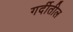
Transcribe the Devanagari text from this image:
गर्दीतील